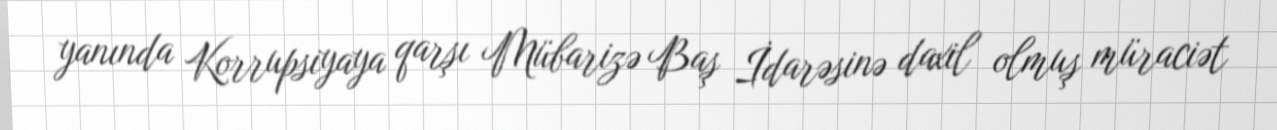
yanında Korrupsiyaya qarşı Mübarizə Baş İdarəsinə daxil olmuş müraciət